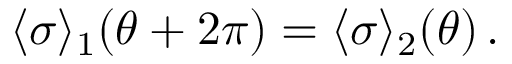
\langle \sigma \rangle _ { 1 } ( \theta + 2 \pi ) = \langle \sigma \rangle _ { 2 } ( \theta ) \, .